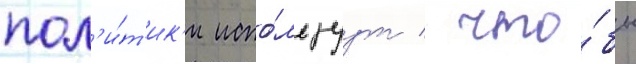
пол'и́т'ик'и испо́льзуут / что́бы